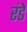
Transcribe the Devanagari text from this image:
रंडे